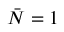
\bar { N } = 1